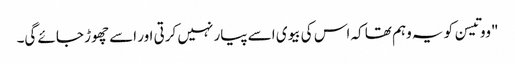
"ووتیسن کو یہ وہم تھا کہ اس کی بیوی اسے پیار نہیں کرتی اور اسے چھوڑ جائے گی۔